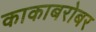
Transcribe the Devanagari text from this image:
काकाबरोबर